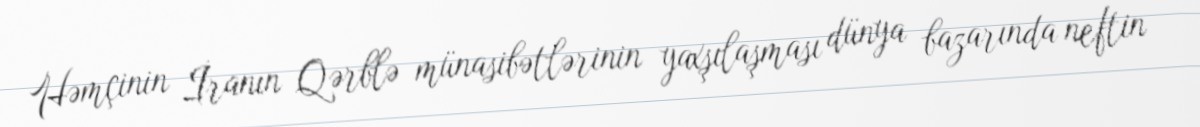
Həmçinin İranın Qərblə münasibətlərinin yaxşılaşması dünya bazarında neftin